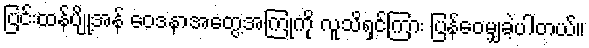
ပြင်းထန်ပျို့အန် ဝေဒနာအတွေ့အကြုံကို လူသိရှင်ကြား ပြန်ဝေမျှခဲ့ပါတယ်။